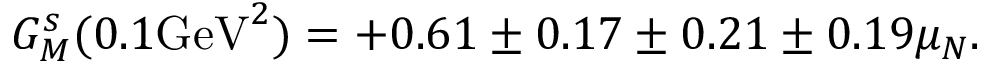
G _ { M } ^ { s } ( 0 . 1 \mathrm { G e V } ^ { 2 } ) = + 0 . 6 1 \pm 0 . 1 7 \pm 0 . 2 1 \pm 0 . 1 9 \mu _ { N } .